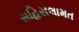
સહિસલામત